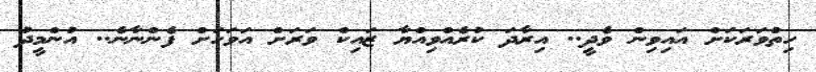
ހިތްވަރަކަށް އައިވިން ވެދީ.. އިރާދަ ކުރެއްވިއްޔާ ޒައިކް ވަރަށް އަވަހަށް ފެންނާނެ.. އުންމީދު